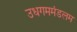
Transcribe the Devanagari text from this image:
उधगममंडलम